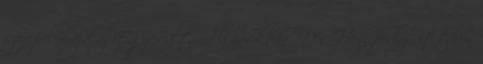
szerepel majd az Egyesült Államokban, Dér Heni pedig itthon